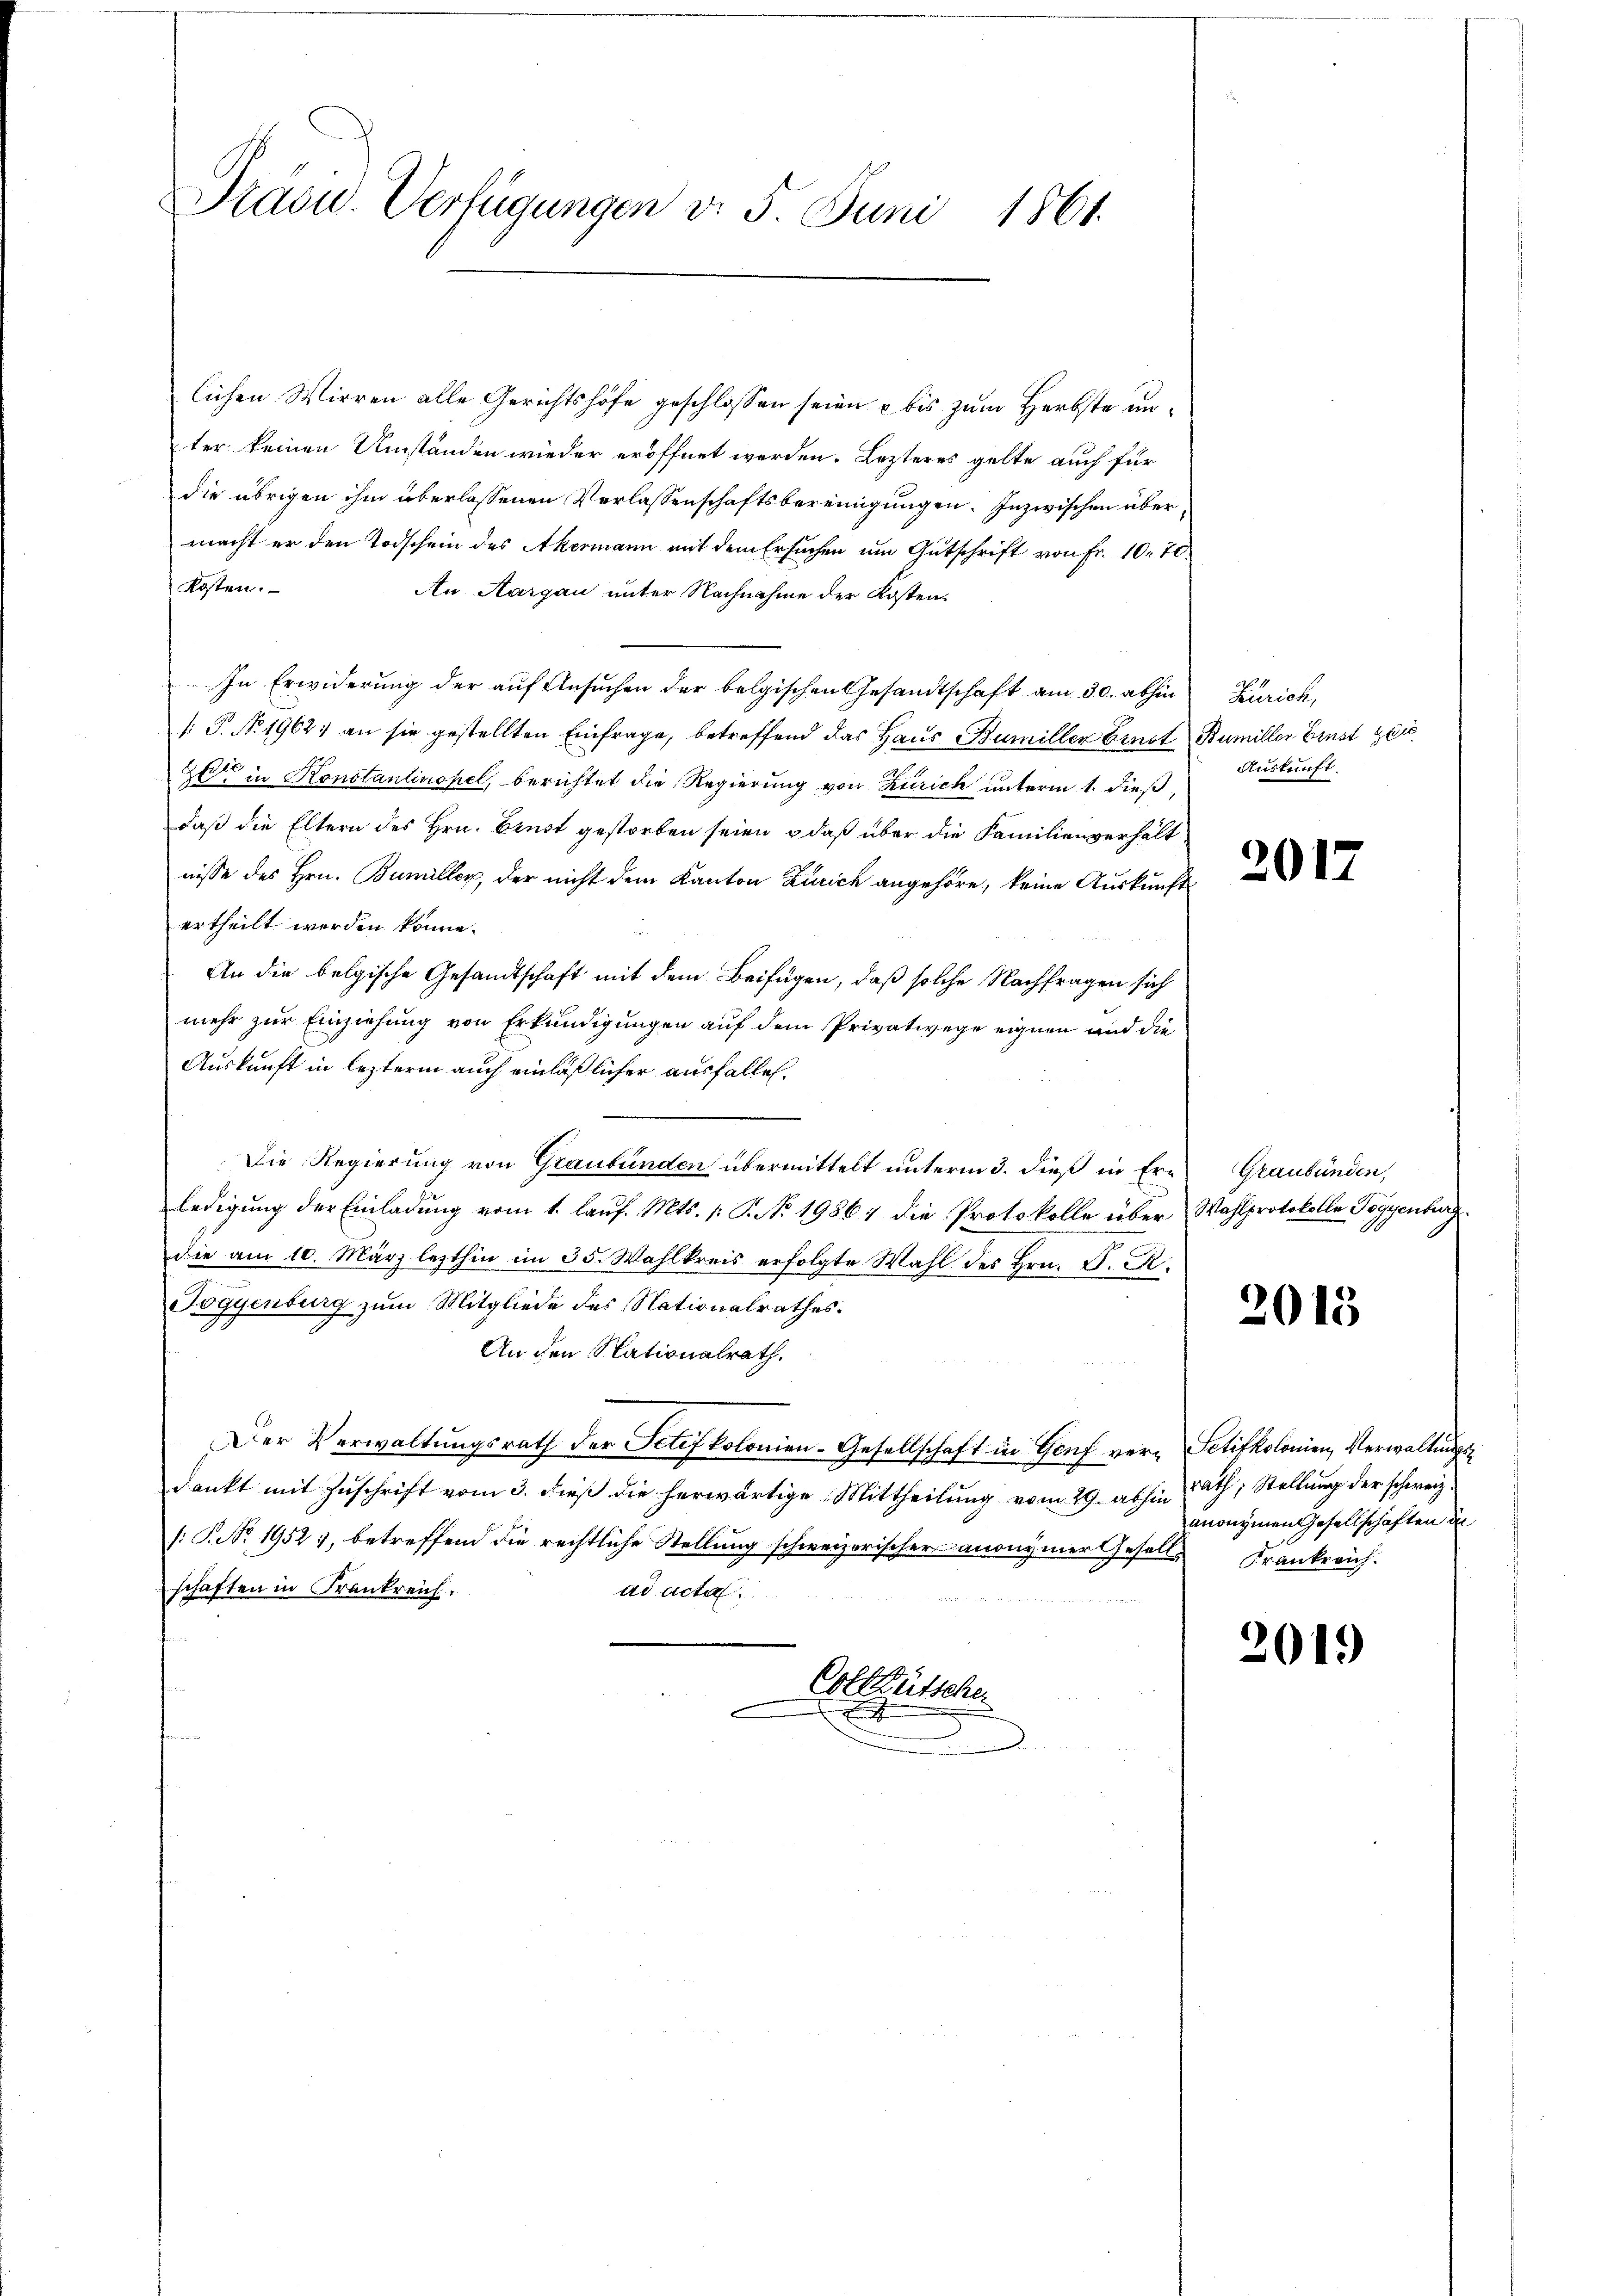
Staou. Verfügungen d. 5. Juni 1861.

lichen Wirren alle Gerichtshöfe geschlossen seien u bis zum Herbste unter keinen Umständen wieder eröffnet werden. Lezteres gelte auch für
die übrigen ihm überlassenen Verlassenschaftsbereinigungen. Inzwischen übermacht er den Todschein des Akermann mit dem Ersuchen um Gutschrift von Fr. 10. 70.
Kosten.
An Aargau unter Nachnahme der Kosten-
In Erwiderung der auf Ansuchen der belgischen Gesandtschaft am 30. abhin Zürich,
 P. Nr. 1962) an sie gestellten Einfrage, betreffend das Haus Bumiller Ernst Bumiller Ernst ger
Zeit in Konstantinopel, berichtet die Regierung von Zürich unterm 1. dieß,
daß die Eltern des Hrn. Ernst gestorben seien, daß über die Familienverhält
nisse des Hrn. Bumiller, der nicht dem Kanton Zürich angehöre, keine Auskunft
ertheilt werden könne.
An die belgische Gesandtschaft mit dem Beifügen, daß solche Nachfragen sich
mehr zur Einziehung von Erkundigungen auf dem Privatwege eignen und die
Auskunft in lezterm auch einläßlicher ausfallen.
Die Regierung von Graubünden übermittelt unterm 3. dieß in Erledigung der Einladung vom 1. lauf. Mts. 1. P. No. 19861 die Protokolle über Wahlprotokolle Geggenburg
die am 10. März lezthin im 35. Wahlkreis erfolgte Wahl des Hrn. D. R.
Toggenburg zum Mitgliede des Nationalrathes:
An den Nationalrath.
Der Verwaltungsrath der Schifkolonien-Gesellschaft in Genf ver- Petitkolonien, Verwaltungsdankt mit Zuschrift vom 3. dieß die herwärtige Mittheilung vom 29. abhin
: P. Nr. 1952), betreffend die rechtliche Stellung schweizerischer anonymer Gesells Frankreich.
schaften in Frankreich.
ad acta

Colf Bütscher
x

Auskunft.

201

Graubünden,

2015

rath, Stellung der schweiz.
anonymen Gesellschaften in

2019